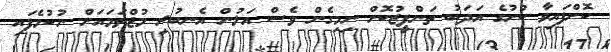
ކޮށްފައިވާ ކުށުގެ އަދަބު ތަންފީޒުކޮށް ނިމިގެން ވެސް އަލުން އެނބުރި މުޖްތަމައަށް ނުކުމެފައި